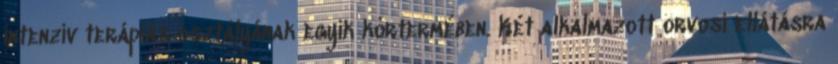
intenzív terápiás osztályának egyik kórtermében. Két alkalmazott orvosi ellátásra